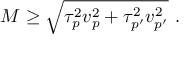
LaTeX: M \geq \sqrt { \tau _ { p } ^ { 2 } v _ { p } ^ { 2 } + \tau _ { p ^ { \prime } } ^ { 2 } v _ { p ^ { \prime } } ^ { 2 } } \ .